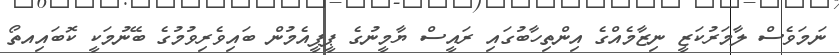
ނަމަވެސް ލާމަރުކަޒީ ނިޒާމެއްގެ އިންތިހާބުގައި ރައީސް ޔާމީނުގެ ޕީޕީއެމުން ބައިވެރިވުމުގެ ބޭނުމަކީ ކޮބައިއތޯ